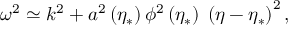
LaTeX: \omega ^ { 2 } \simeq k ^ { 2 } + a ^ { 2 } \left( \eta _ { * } \right) \phi ^ { 2 } \left( \eta _ { * } \right) \; \left( \eta - \eta _ { * } \right) ^ { 2 } ,